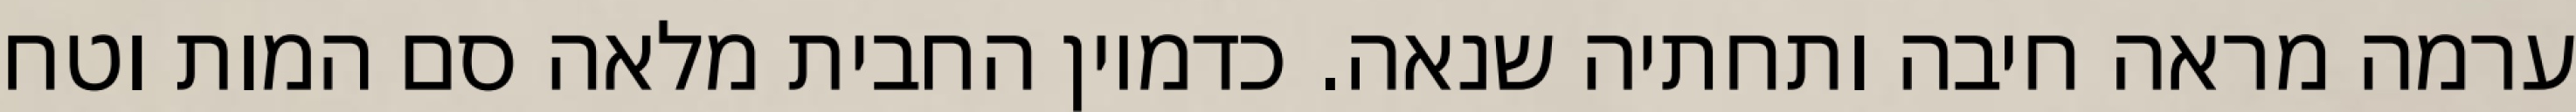
ערמה מראה חיבה ותחתיה שנאה. כדמיון החבית מלאה סם המות וטח